画像に写った文字を読んでください
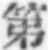
「第」と書いてあります